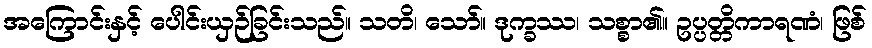
အကြောင်းနှင့် ပေါင်းယှဉ်ခြင်းသည်။ သတိ၊ သော်။ ဒုက္ခဿ၊ သစ္စာ၏။ ဥပ္ပတ္တိကာရဏံ၊ ဖြစ်